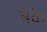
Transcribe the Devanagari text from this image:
बेके